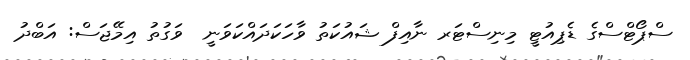
ސްޕޯޓްސްގެ ޑެޕިއުޓީ މިނިސްޓަރ ނާއިފް ޝައުކަތު ވާހަކަދައްކަވަނީ  ވަގުތު އިމޭޖަސް: އަބްދު